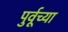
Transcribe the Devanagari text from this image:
पुर्वूच्या